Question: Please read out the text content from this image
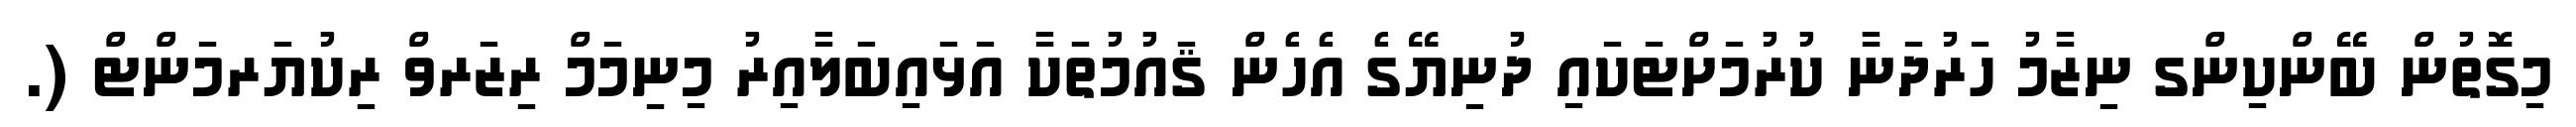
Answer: މިގޮތުން ބޭންކިންގ ނިޒާމު ހަރުދަނާ ކުރުމަށްޓަކައި ދުނިޔޭގެ އެހެން ޤައުމުތަކާ އަޅައިބަލާއިރު މިނިމަމް ރިޒަރވް ރިކުޔަރމަންޓް (.